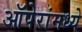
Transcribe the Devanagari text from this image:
ऑपेरांमध्ये